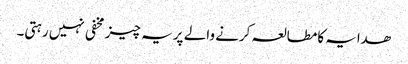
ھدایہ کامطالعہ کرنے والے پر یہ چیز مخفی نہیں رہتی۔